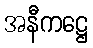
အနီကဋ္ဌေ